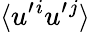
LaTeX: \langle{u^{\prime}{}^{i}u^{\prime}{}^{j}}\rangle